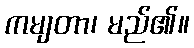
ကမျတာ၊ မည်၏။